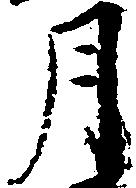
月